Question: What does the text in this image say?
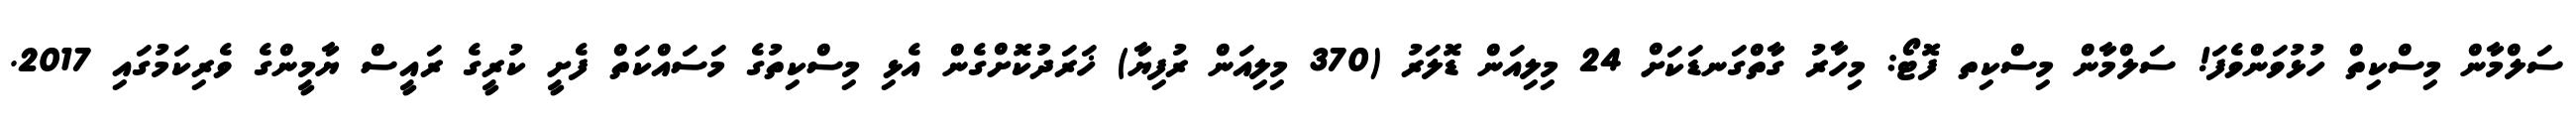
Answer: ސަލްމާން މިސްކިތް ހުޅުވަންވެފަ! ސަލްމާން މިސްކިތ ފޮޓޯ: މިހާރު ގާތްގަނޑަކަށް 24 މިލިއަން ޑޮލަރު (370 މިލިއަން ރުފިޔާ) ޚަރަދުކޮށްގެން އެޅި މިސްކިތުގެ މަސައްކަތް ފެށީ ކުރީގެ ރައީސް ޔާމީންގެ ވެރިކަމުގައި 2017.